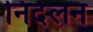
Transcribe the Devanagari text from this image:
निर्दलन